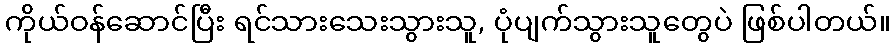
ကိုယ်ဝန်ဆောင်ပြီး ရင်သားသေးသွားသူ, ပုံပျက်သွားသူတွေပဲ ဖြစ်ပါတယ်။